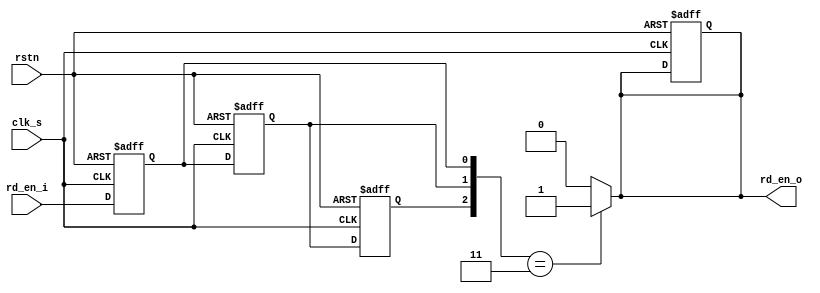
// synchronizer from fast clk domain to slow clk domain
// shake-hands implementation method 1: hold the signal
// reference: SoC Design (E.4), Chapter 7.3.2.2, Page 116

// slow clk domain part
module sync_f2s_s(
    clk_s   ,
    rd_en_i ,
    rd_en_o ,
    rstn    
);

//*** PARAMETER *************************************************************************
    // none

//*** INPUT/OUTPUT **********************************************************************

    input       clk_s;
    input       rd_en_i;
    output      rd_en_o;
    input       rstn;

//*** WIRE/REG **************************************************************************

    reg         rd_en_1_r;
    reg         rd_en_2_r;
    reg         rd_en_3_r;
    reg         rd_en_o;

//*** MAIN BODY *************************************************************************

    always @(posedge clk_s or negedge rstn) begin
        if(~rstn) begin
            rd_en_1_r <= 1'b0;
            rd_en_2_r <= 1'b0;
            rd_en_3_r <= 1'b0;
            rd_en_o   <= 1'b0;
        end
        else begin
            {rd_en_3_r, rd_en_2_r, rd_en_1_r} <= {rd_en_2_r, rd_en_1_r, rd_en_i};
        end
    end

    always @(*) begin
        if({rd_en_3_r, rd_en_2_r, rd_en_1_r} == 3'b011) begin
            rd_en_o <= 1'b1;
        end
        else begin
            rd_en_o <= 1'b0;
        end
    end

endmodule